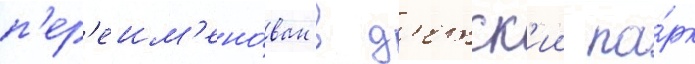
п'ер'еим'ено́ван в д'етск'ии па́рк